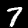
Label: 7